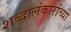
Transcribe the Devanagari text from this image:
शब्दालंकारांच्या